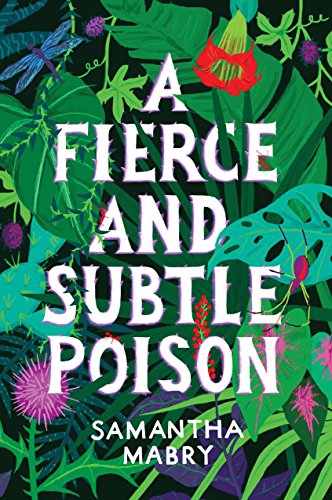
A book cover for A Fierce and Subtle Poison; Samantha Mabry; Teen & Young Adult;